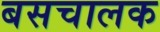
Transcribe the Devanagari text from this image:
बसचालक